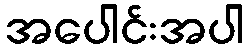
အပေါင်းအပါ